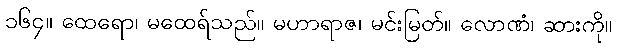
၁၆၄။ ထေရော၊ မထေရ်သည်။ မဟာရာဇ၊ မင်းမြတ်။ လောဏံ၊ ဆားကို။